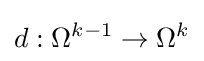
d:\Omega ^{k-1}\to \Omega ^{k}